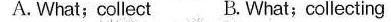
A.What; collect B.What; collecting